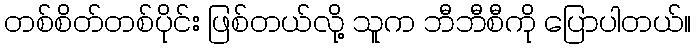
တစ်စိတ်တစ်ပိုင်း ဖြစ်တယ်လို့ သူက ဘီဘီစီကို ပြောပါတယ်။